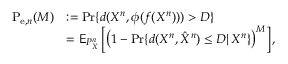
\begin{array} { r l } { \mathrm { P } _ { \mathrm { e } , n } ( M ) } & { : = \operatorname* { P r } \{ d ( X ^ { n } , \phi ( f ( X ^ { n } ) ) ) > D \} } \\ & { = \mathsf { E } _ { P _ { X } ^ { n } } \left[ \big ( 1 - \operatorname* { P r } \{ d ( X ^ { n } , \hat { X } ^ { n } ) \leq D | \, X ^ { n } \} \big ) ^ { M } \right] , } \end{array}